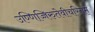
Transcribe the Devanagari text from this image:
उण्णिच्चिरुतेवीचरितम्